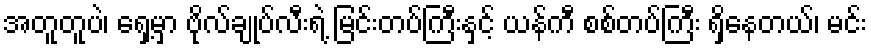
အတူတူပဲ၊ ရှေ့မှာ ဗိုလ်ချုပ်လီးရဲ့ မြင်းတပ်ကြီးနှင့် ယန်ကီ စစ်တပ်ကြီး ရှိနေတယ်၊ မင်း